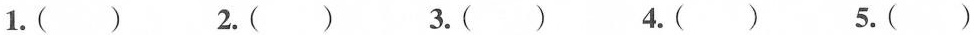
1.( ) 2.( ) 3.( ) 4.( ) 5.( )